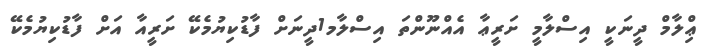
ޢިްލާމް ދީނަކީ އިސްލާމީ ށަރީޢާ އެއްނޫންތަ އިސްލާމ1ދީނަށް ފާޑުކިޔުމެކޭ ށަރީއާ އަށް ފާޑުކިޔުމެކޭ